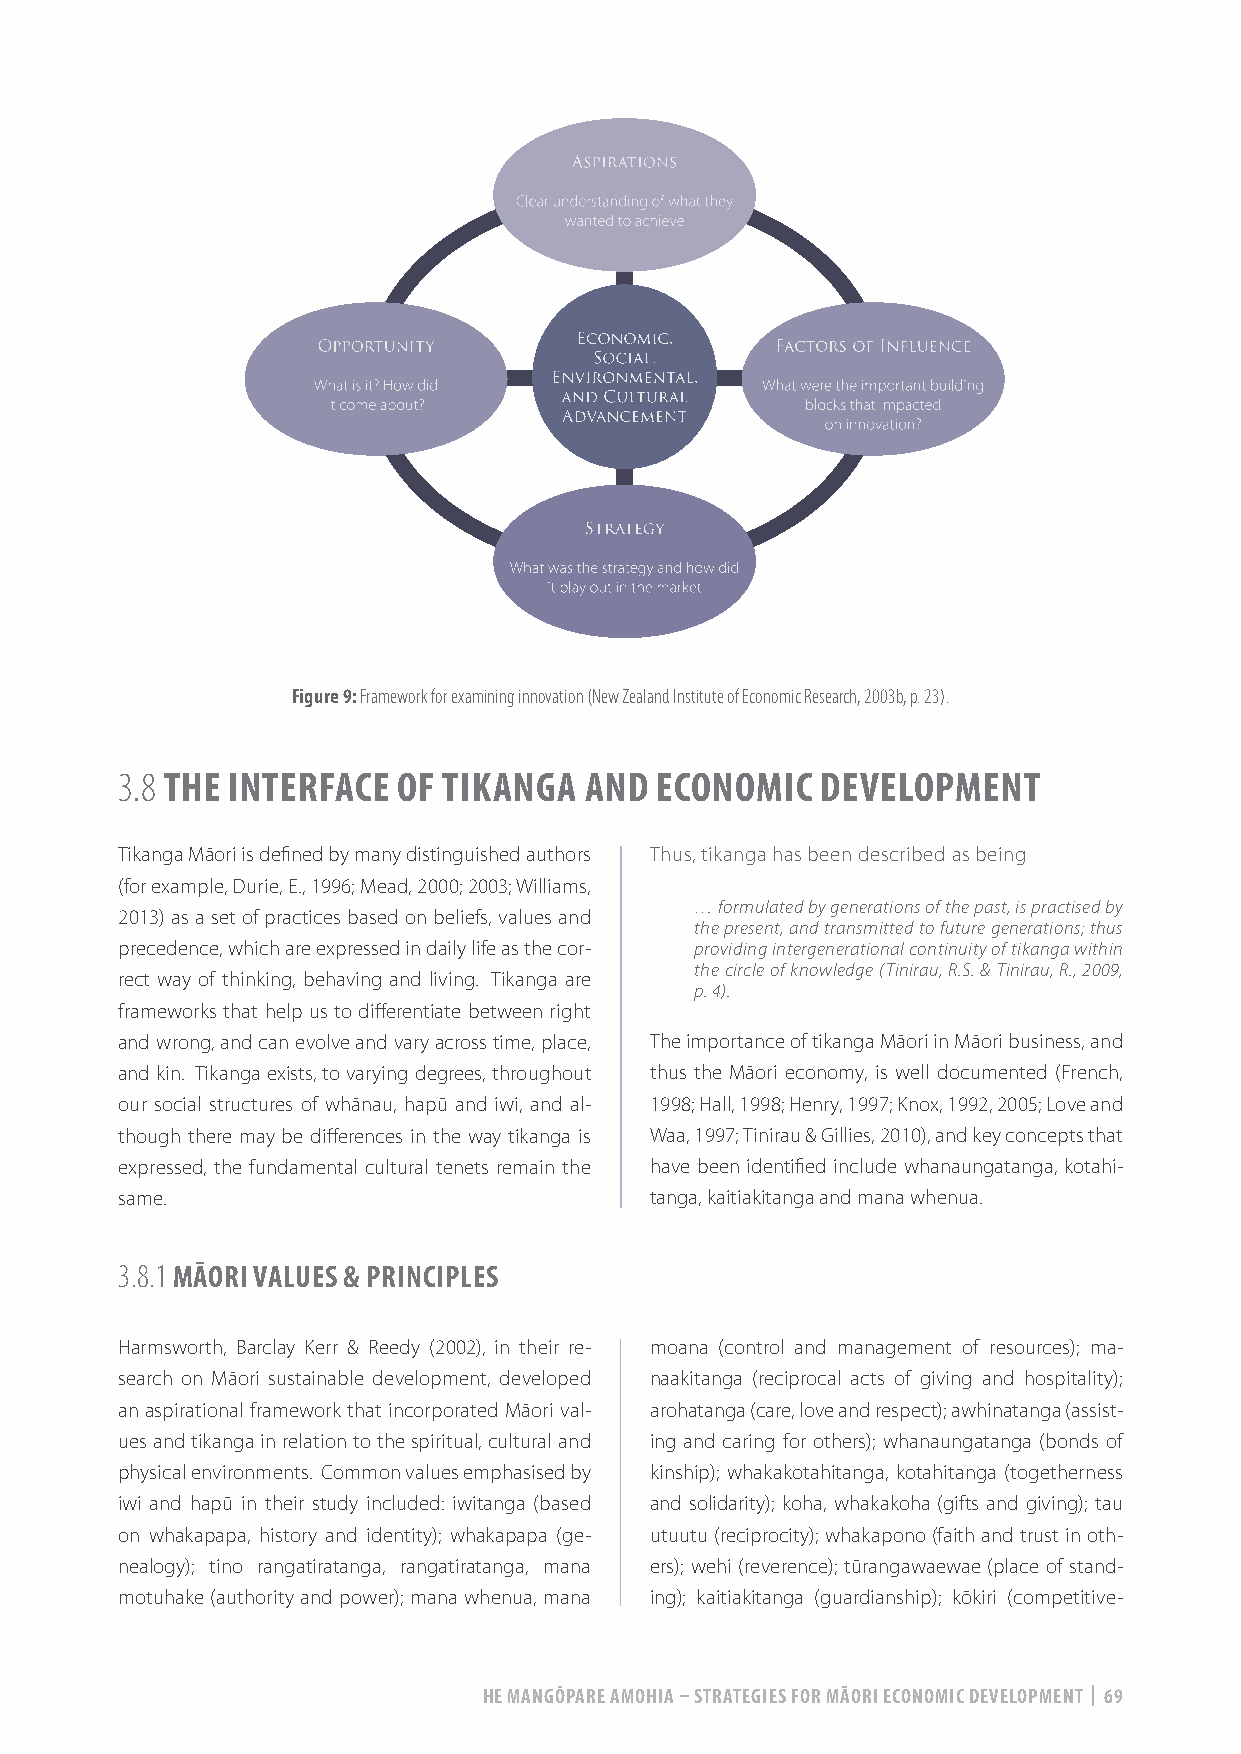
Figure 9: Framework for examining innovation (New Zealand Institute of Economic Research, 2003b, p. 23).
 3.8 THE INTERFACE OF TIKANGA   AND ECONOMIC   DEVELOPMENT
 Tikanga Māori is defined by many distinguished authors Thus, tikanga has been described as being
 (for example, Durie, E., 1996; Mead, 2000; 2003; Williams,
 … formulated by generations of the past, is practised by
 2013) as a set of practices based on beliefs, values and
 the present, and transmitted to future generations; thus
 precedence, which are expressed in daily life as the cor- providing intergenerational continuity of tikanga within
 the circle of knowledge (Tinirau, R.S. & Tinirau, R., 2009,
 rect way of thinking, behaving and living. Tikanga are
 p. 4).
 frameworks that help us to differentiate between right
 and wrong, and can evolve and vary across time, place, The importance of tikanga Māori in Māori business, and
 and kin. Tikanga exists, to varying degrees, throughout thus the Māori economy, is well documented (French,
 our social structures of whānau, hapū and iwi, and al- 1998; Hall, 1998; Henry, 1997; Knox, 1992, 2005; Love and
 though there may be differences in the way tikanga is Waa, 1997; Tinirau & Gillies, 2010), and key concepts that
 expressed, the fundamental cultural tenets remain the have been identified include whanaungatanga, kotahi-
 same.                              tanga, kaitiakitanga and mana whenua.
 3.8.1 MĀORI VALUES & PRINCIPLES
 Harmsworth, Barclay Kerr & Reedy (2002), in their re- moana (control and management of resources); ma-
 search on Māori sustainable development, developed naakitanga (reciprocal acts of giving and hospitality);
 an aspirational framework that incorporated Māori val- arohatanga (care, love and respect); awhinatanga (assist-
 ues and tikanga in relation to the spiritual, cultural and ing and caring for others); whanaungatanga (bonds of
 physical environments. Common values emphasised by kinship); whakakotahitanga, kotahitanga (togetherness
 iwi and hapū in their study included: iwitanga (based and solidarity); koha, whakakoha (gifts and giving); tau
 on whakapapa, history and identity); whakapapa (ge- utuutu (reciprocity); whakapono (faith and trust in oth-
 nealogy); tino rangatiratanga, rangatiratanga, mana ers); wehi (reverence); tūrangawaewae (place of stand-
 motuhake (authority and power); mana whenua, mana ing); kaitiakitanga (guardianship); kōkiri (competitive-
 HE MANGŌPARE AMOHIA – STRATEGIES FOR MĀORI ECONOMIC DEVELOPMENT | 69